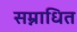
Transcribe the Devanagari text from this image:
सम्नाधित